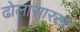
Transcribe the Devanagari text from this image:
ढोलासारखा